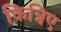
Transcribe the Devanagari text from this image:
किन्निए